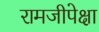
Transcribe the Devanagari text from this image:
रामजीपेक्षा